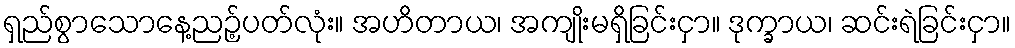
ရှည်စွာသောနေ့ညဉ့်ပတ်လုံး။ အဟိတာယ၊ အကျိုးမရှိခြင်းငှာ။ ဒုက္ခာယ၊ ဆင်းရဲခြင်းငှာ။